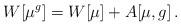
LaTeX: \begin{align*}W[\mu^g] = W[\mu] + A[\mu,g]\,.\end{align*}